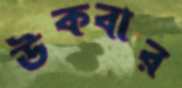
উকবার